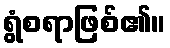
ရွံစရာဖြစ်၏။